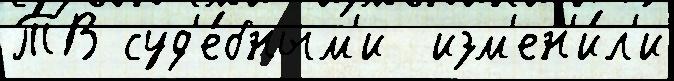
ТВ суд'е́бным'и  изм'ен'и́л'и